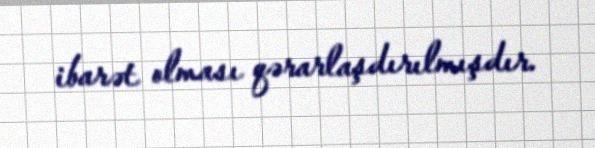
ibarət olması qərarlaşdırılmışdır.